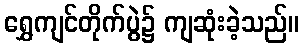
ရွှေကျင်တိုက်ပွဲ၌ ကျဆုံးခဲ့သည်။